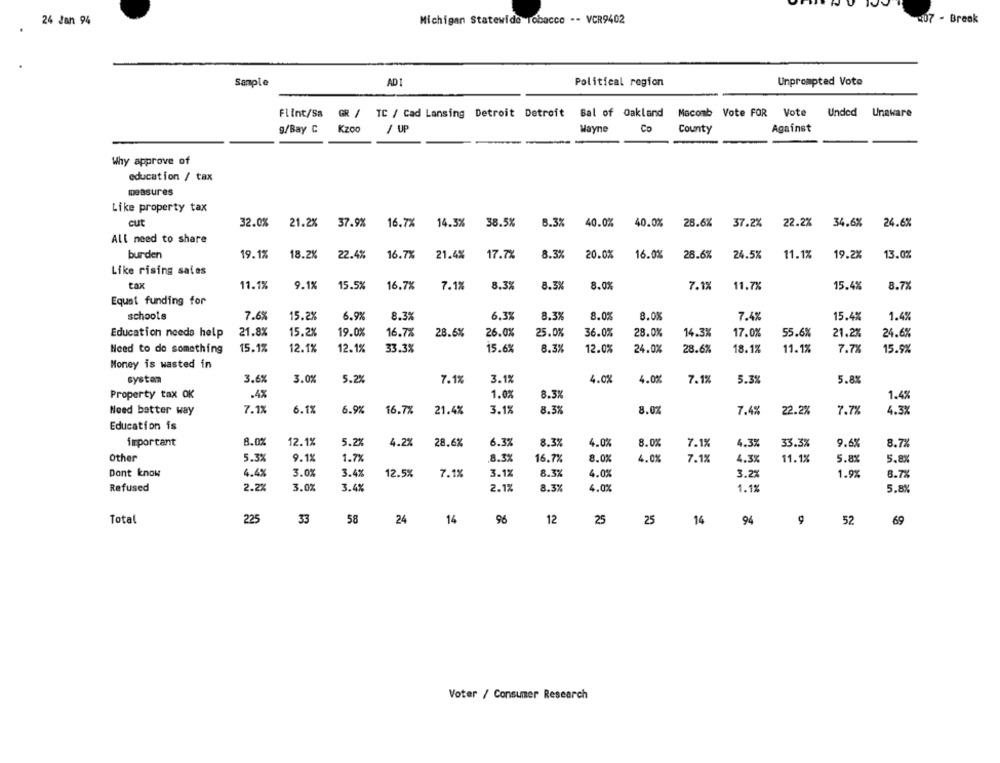
24 Jan 94
Michigan Statewide Tobacco -- VCR9402
207 - Break
Sample
AD1
Political region
Unprompted Vote
Flint/Sa
GR / TC / Cad Lansing Detroit Detroit
Bal of Oakland
Macomb Vote FOR Vote Unded Unaware
g/Bay C
Kzoo
/ UP
Wayne
Co
County
Against
Why approve of
education / tax
measures
Like property tax
cut
8.3%
32.0%
21.2%
37.9%
16.7%
14.3%
38.5%
40.0%
40.0%
28.6%
37.2%
22.2%
34.6%
24.6%
All need to share
burden
19.1%
18.2%
22.4%
16.7%
21.4%
17.7%
8.32
20.0%
16.0%
28.6%
24.5%
11.1%
19.2%
13.0%
Like rising sales
tox
11.1%
9.1%
15.5%
16.7%
7.1%
8.39
8.3%
8.0%
7.1%
11.7%
15.4%
8.7%
Equal funding for
schools
7.6%
15.2%
6.9%
8.3%
6.3%
8.3%
8.0%
8.0%
7.4%
15.4%
1.4%
Education needs help
21.8%
15.2%
19.0%
16.7%
28.6%
26.0%
25.0%
36.0%
28.0%
14.3%
17.0%
55.6%
21.2%
24.6%
Need to do something
15.1%
12.1%
12.1%
33.3%
15.6%
8.3%
12.0%
24.0%
28.6%
18.1%
11.1%
7.7%
15.9%
Money is wasted in
system
3.6%
3.0%
5.2%
7.1%
3.1%
4.0%
4.0%
7.1%
5.3%
5.8%
Property tax OK
.4%
1.0%
8.3%
1.4%
Need better way
7.1%
6.1%
6.9%
16.7%
21.4%
3.1%
8.3%
8.0%
7.49
22.2%
7.7%
4.3%
Education is
important
8.0%
12.1%
5.2%
4.2%
28.6%
6.3%
8.3%
4.0%
8.0%
7.1%
4.3%
33.3%
9.6%
8.7%
Other
5.3%
9.1%
1.7%
8.3%
16.7%
8.0%
4.0%
7.1%
4.3%
11.1%
5.8%
5.8%
Dont know
4.4%
3.0%
3.4%
12.5%
7.12
3.1%
8.3%
4.0%
3.2%
1.9%
8.7%
Refused
2.2%
3.0%
3.4%
2.1%
8.3%
4.0%
1.1%
5.8%
Total
225
33
58
24
14
96
12
25
25
9
14
94
52
69
Voter / Consumer Research